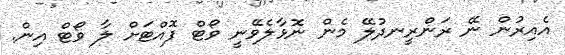
އެއިރުން ނޭ ރަންރީނދުލޭ މެން ނޮޅާލެވޭނީ ވޯޓް ފޮއްޓަށް ލާ ވޯޓް އިން.